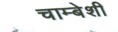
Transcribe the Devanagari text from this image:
चाम्बेशी